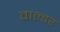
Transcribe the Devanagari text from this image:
वाल्डर